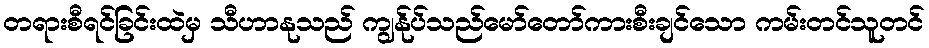
တရားစီရင်ခြင်းထဲမှ သီဟာနုသည် ကျွန်ုပ်သည်မော်တော်ကားစီးချင်သော ကမ်းတင်သူတင်